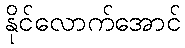
နိုင်လောက်အောင်